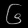
Digit: ၆